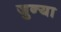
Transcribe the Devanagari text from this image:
जुन्‍या